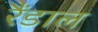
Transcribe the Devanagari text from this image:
रैंडाल